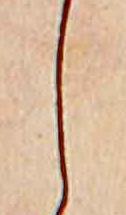
し